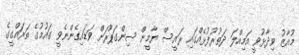
މުއާޒު ވިދާޅުވީ އަމިއްލަ ދަތުރުފުޅެއްގައި ރައީސް ޔާމީން ސިންގަޕޫރަށް ވަޑައިގެންނެވީ ގައުމުގެ ތަރައްގީގެ